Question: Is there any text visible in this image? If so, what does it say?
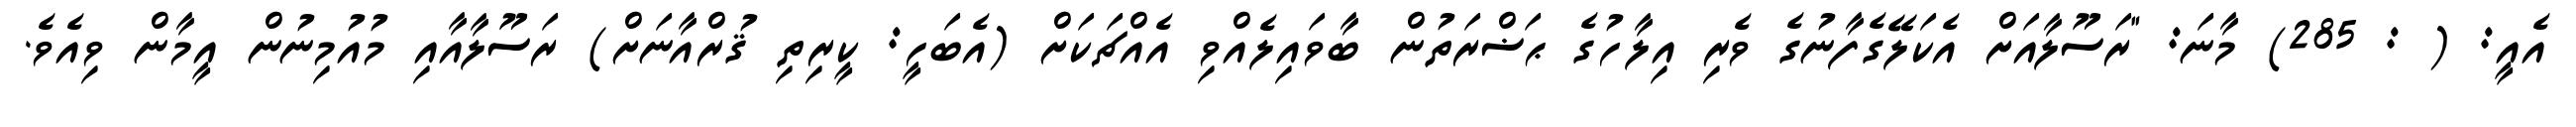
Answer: އެއީ: ( : 285) މާނަ: "ރަސޫލާއަށް އެކަލޭގެފާނުގެ ވެރި އިލާހުގެ ޙަޟްރަތުން ބާވައިލެއްވި އެއްޗަކަށް (އެބަހީ: ކީރިތި ޤުރްއާނަށް) ރަސޫލާއާއި މުއުމިނުން އީމާން ވިއެވެ.